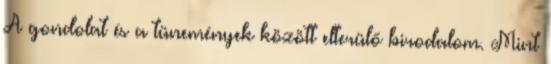
A gondolat és a tünemények között elterülő birodalom. Mint